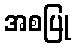
အစပြု